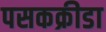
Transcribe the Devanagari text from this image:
पसकक्रीडा